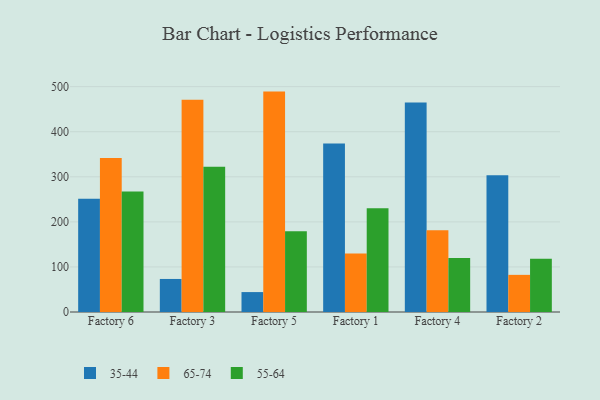
{"axis": {"x": "Factory", "y": "Tickets Resolved"}, "legend": ["35-44", "55-64", "65-74"], "data": [{"x": "Factory 6", "y": 251.1, "type": "35-44"}, {"x": "Factory 6", "y": 341.8, "type": "65-74"}, {"x": "Factory 6", "y": 267.4, "type": "55-64"}, {"x": "Factory 3", "y": 73.3, "type": "35-44"}, {"x": "Factory 3", "y": 470.8, "type": "65-74"}, {"x": "Factory 3", "y": 322.1, "type": "55-64"}, {"x": "Factory 5", "y": 44.2, "type": "35-44"}, {"x": "Factory 5", "y": 489.0, "type": "65-74"}, {"x": "Factory 5", "y": 179.1, "type": "55-64"}, {"x": "Factory 1", "y": 374.0, "type": "35-44"}, {"x": "Factory 1", "y": 129.6, "type": "65-74"}, {"x": "Factory 1", "y": 230.2, "type": "55-64"}, {"x": "Factory 4", "y": 464.7, "type": "35-44"}, {"x": "Factory 4", "y": 181.5, "type": "65-74"}, {"x": "Factory 4", "y": 119.8, "type": "55-64"}, {"x": "Factory 2", "y": 303.5, "type": "35-44"}, {"x": "Factory 2", "y": 82.4, "type": "65-74"}, {"x": "Factory 2", "y": 118.0, "type": "55-64"}]}